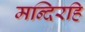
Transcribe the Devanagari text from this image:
मन्दिरहि